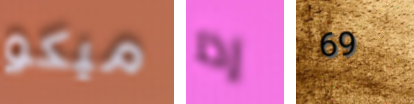
ميكو إذا 69